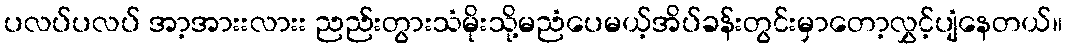
ပလပ်ပလပ် အာ့အားးလားး ညည်းတွားသံမိုးသို့မညံပေမယ့်အိပ်ခန်းတွင်းမှာတော့လွှင့်ပျံနေတယ်။